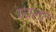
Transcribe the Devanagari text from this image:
पयलट